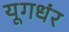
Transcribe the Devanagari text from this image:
यूगधंर